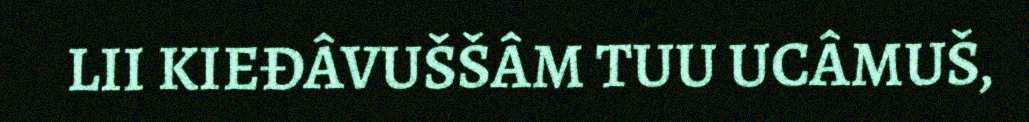
LII KIEĐÂVUŠŠÂM TUU UCÂMUŠ,